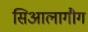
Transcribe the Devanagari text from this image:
सिआलागौग